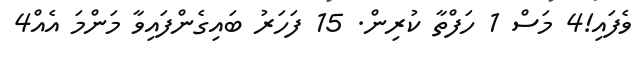
ވެފައި!4 މަސް 1 ހަފްތާ ކުރިން. 15 ފަހަރު ބައިގެންފައިވާ މަންމަ އެއް4